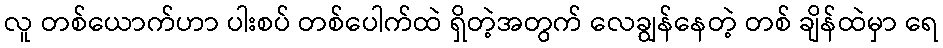
လူ တစ်ယောက်ဟာ ပါးစပ် တစ်ပေါက်ထဲ ရှိတဲ့အတွက် လေချွန်နေတဲ့ တစ် ချိန်ထဲမှာ ရေ